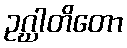
ဥဂ္ဃါတိတော